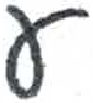
אות: ע